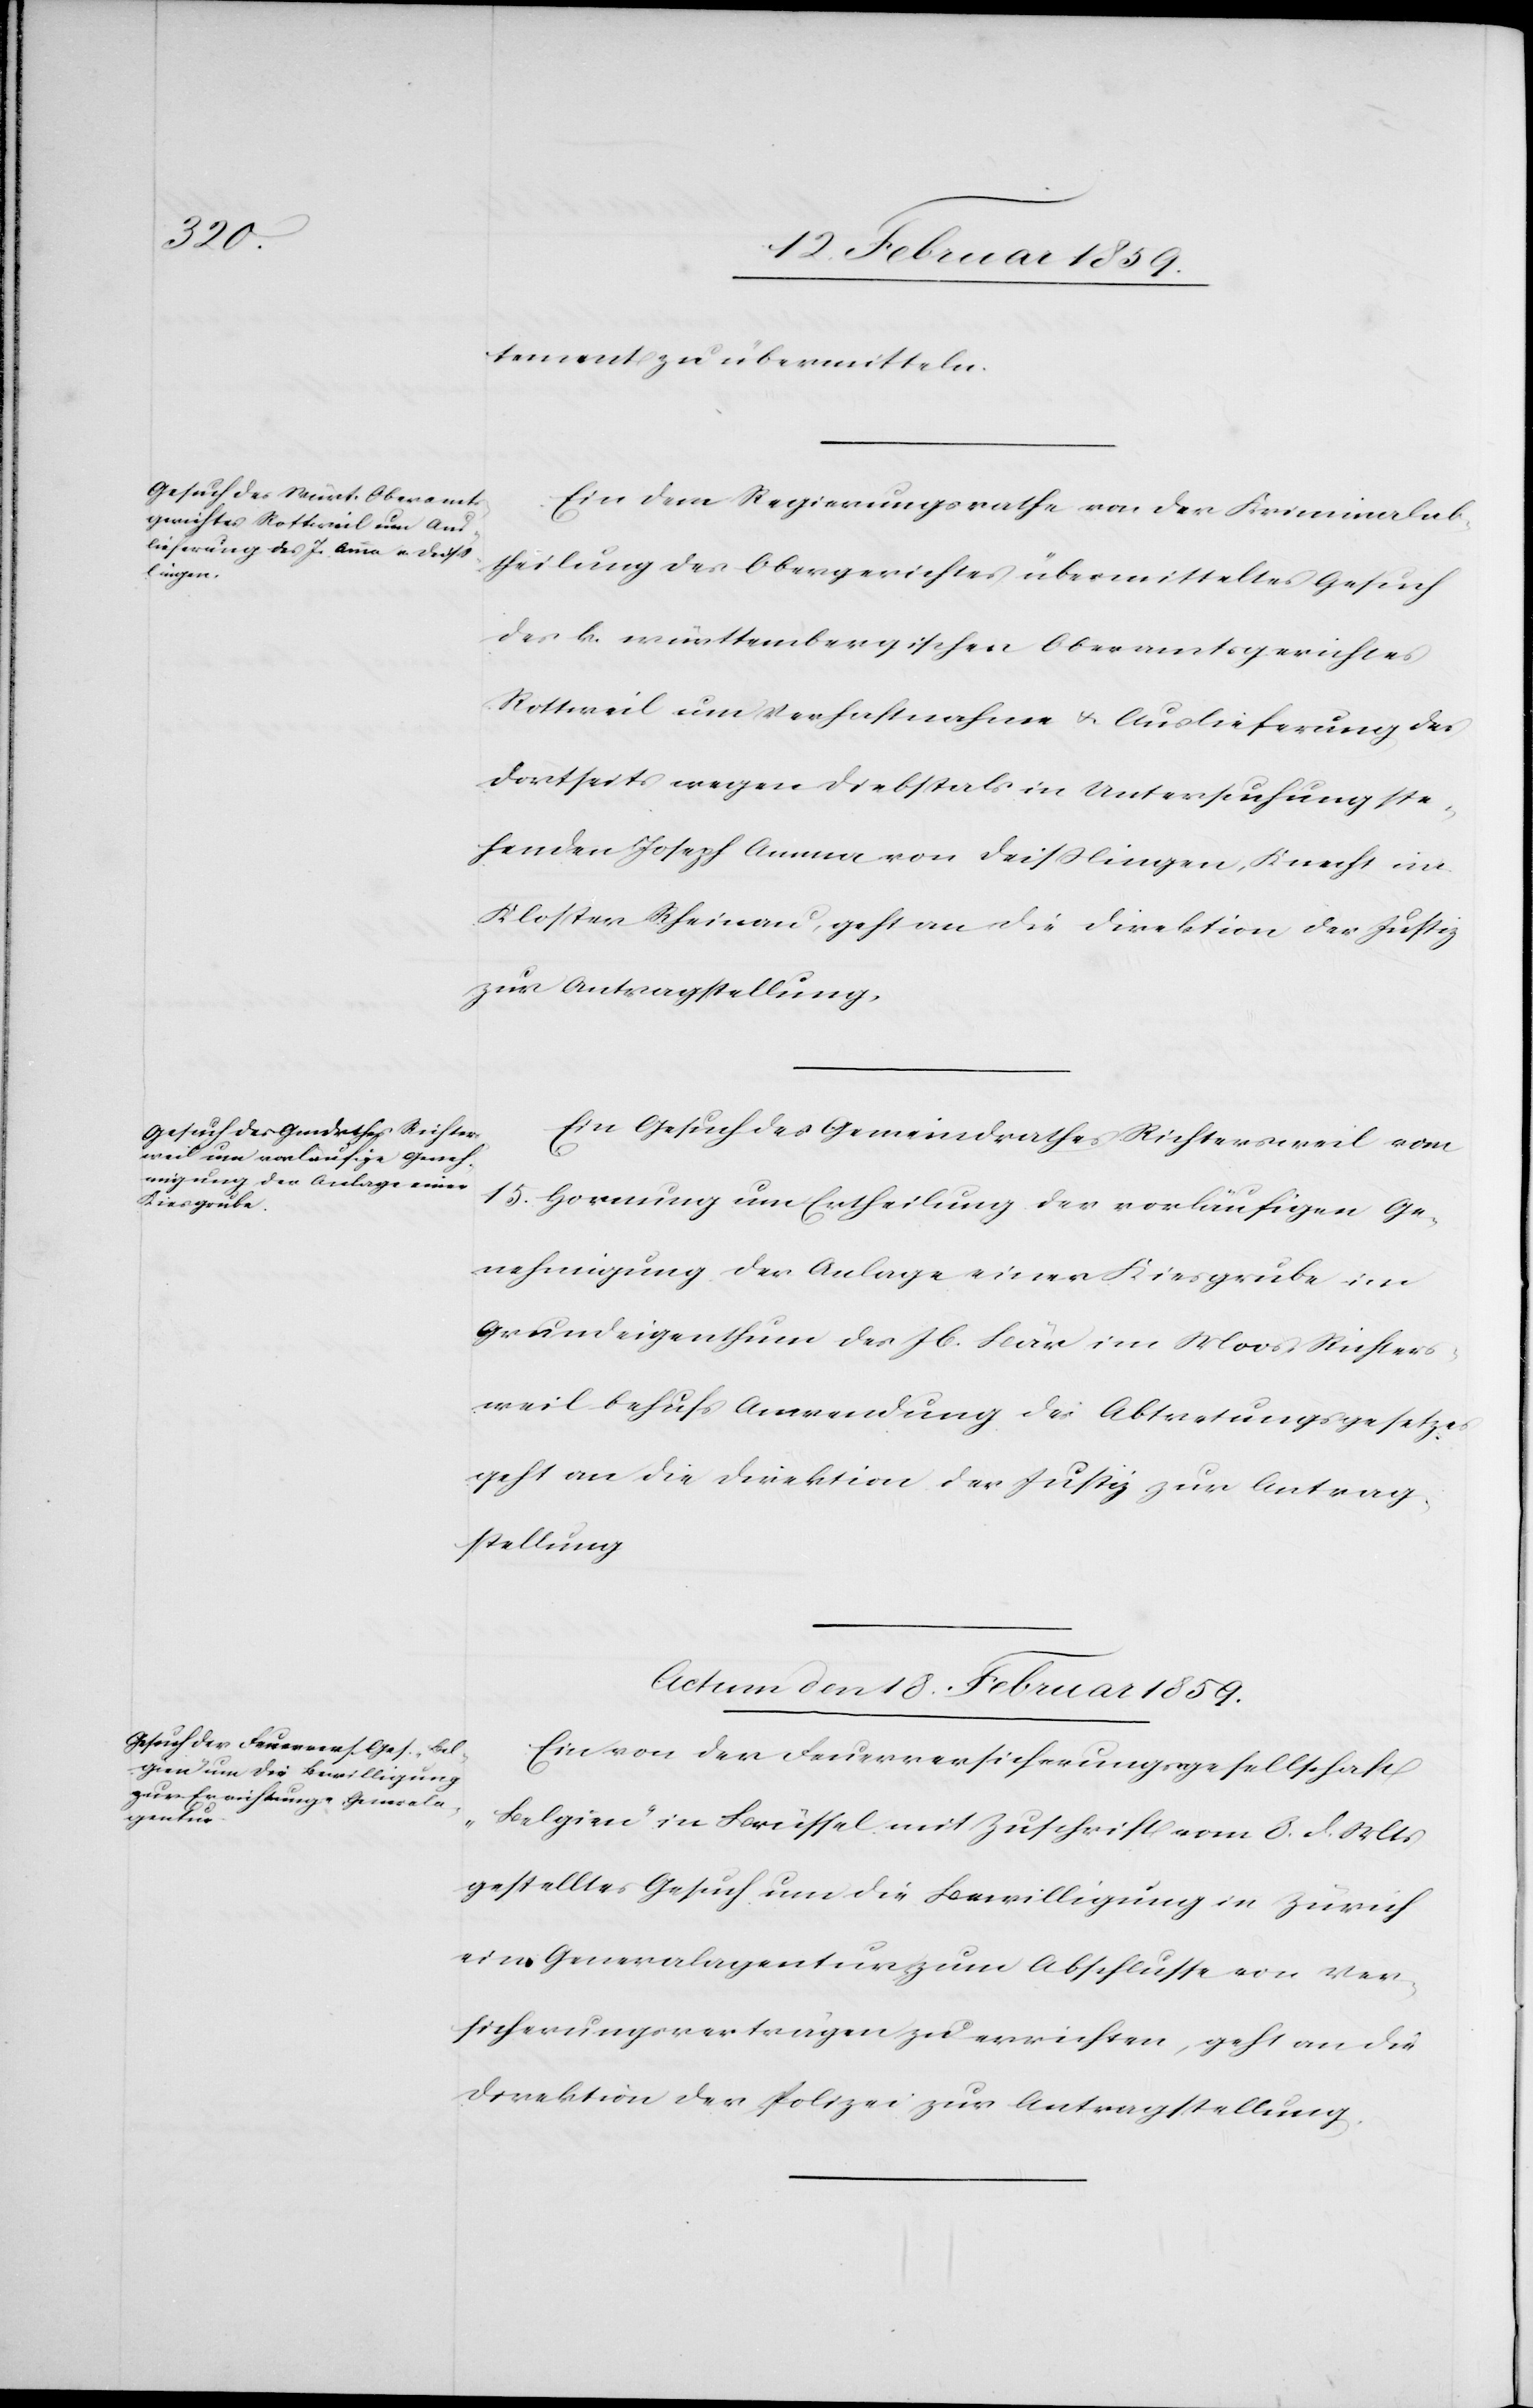
tement zu übermitteln.
Ein dem Regierungsrathe von der Kriminalab¬
theilung des Obergerichtes übermitteltes Gesuch
des k. württembergischen Oberamtsgerichtes
Rottweil um Verhaftnahme u. Auslieferung des
dortseits wegen Diebstals in Untersuchung ste¬
henden Joseph Amma von Dießlingen, Knecht im
Kloster Rheinau, geht an die Direktion der Justiz
zur Antragstellung.
Ein Gesuch des Gemeindrathes Richtersweil vom
15. Hornung um Ertheilung der vorläufigen Ge¬
nehmigung der Anlage einer Kiesgrube im
Grundeigenthum des Jb. Bär im Moos Richters¬
weil behufs Anwendung des Abtretungsgesetzes
geht an die Direktion der Justiz zur Antrag¬
stellung.
Actum den 18. Februar 1859.
Ein von der Feuerversicherungsgesellschaft
„Belgien“ in Brüssel mit Zuschrift vom 3. d. Mts
gestelltes Gesuch um die Bewilligung in Zürich
eine Generalagentur zum Abschlusse von Ver¬
sicherungsverträgen zu errichten, geht an die
Direktion der Polizei zur Antragstellung.